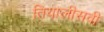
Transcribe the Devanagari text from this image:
तियालीसवी